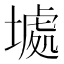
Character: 𱗮